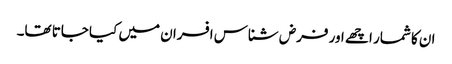
ان کا شمار اچھے اور فرض شناس افسران میں کیا جاتا تھا۔